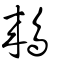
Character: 鶆